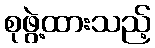
စုဖွဲ့ထားသည့်